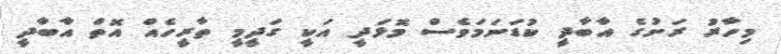
މިހާރު ރަށުގެ އާބާދީ ކުޑަނަމަވެސް މޮޅަދީ އަކީ ގަދީމީ ތާރީހެއް އޮތް އާބާދީ